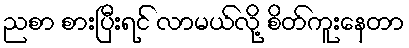
ညစာ စားပြီးရင် လာမယ်လို့ စိတ်ကူးနေတာ